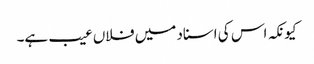
کیونکہ اس کی اسناد میں فلاں عیب ہے۔